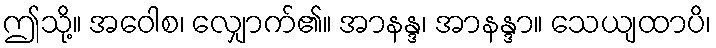
ဤသို့။ အဝေါစ၊ လျှောက်၏။ အာနန္ဒ၊ အာနန္ဒာ။ သေယျထာပိ၊